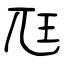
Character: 尫